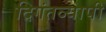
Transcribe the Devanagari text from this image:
दिगंतव्यापी